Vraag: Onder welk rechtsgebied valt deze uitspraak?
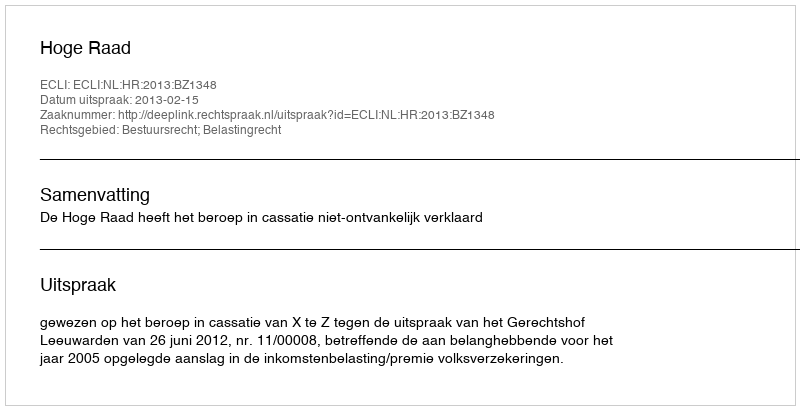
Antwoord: Bestuursrecht; Belastingrecht